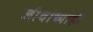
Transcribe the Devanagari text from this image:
जीवांच्याही